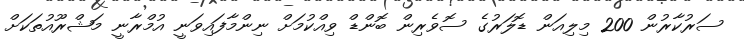
ސަރުކާރުން 200 މިލިއަން ޑޮލަރުގެ ސޮވެރިން ބޮންޑް ވިއްކުމަށް ނިންމާފައިވަނީ އުމްރާނީ މަޝްރޫއުތަކަށް